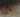
الآن